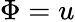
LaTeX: \Phi=u